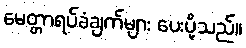
မေတ္တာရပ်ခံချက်များ ပေးပို့သည်။